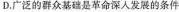
D.广泛的群众基础是革命深入发展的条件